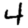
Digit: 4